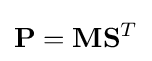
\mathbf {P} =\mathbf {M} \mathbf {S} ^{T}